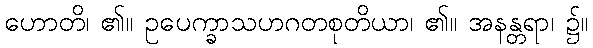
ဟောတိ၊ ၏။ ဥပေက္ခာသဟဂတစုတိယာ၊ ၏။ အနန္တရာ၊ ၌။